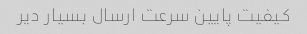
کیفیت پایین سرعت ارسال بسیار دیر